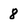
Character: 8